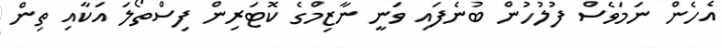
އެހެން ނަމަވެސް ފުލުހުން ބުނެފައި ވަނީ ނާޒިމްގެ ކޮޓަރިން ފިސްތޯލަ އަކާއި ތިން